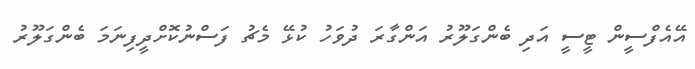
އޭއެފްސީން ޓީސީ އަދި ބެންގަލޫރު އަންގާރަ ދުވަހު ކުޅޭ މެޗު ފަސްނުކޮށްދީފިނަމަ ބެންގަލޫރު